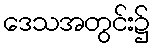
ဒေသအတွင်း၌